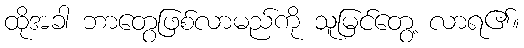
ထိုအခါ ဘာတွေဖြစ်လာမည်ကို သူမြင်တွေ့ လာရ၏။